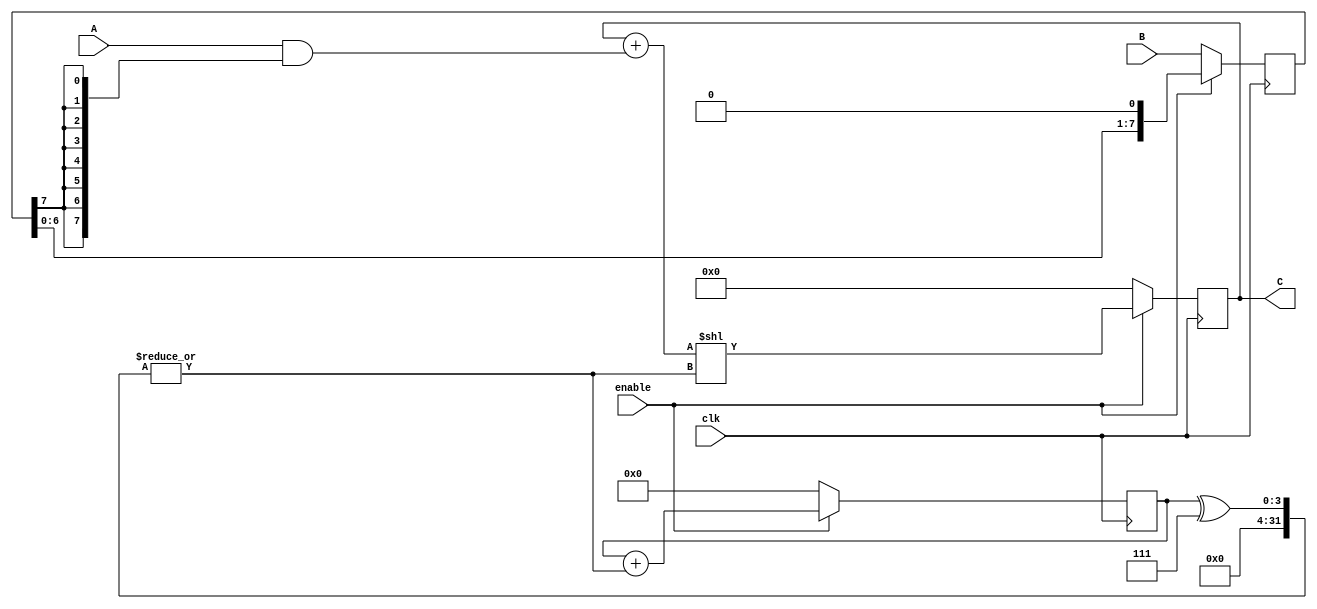
module fpga_seq_mul (
    input wire clk, 
    input wire enable,
    input wire [7:0] A, 
    input wire [7:0] B,
    output wire [15:0] C
);
    reg [15:0] prod;
    reg [7:0] mult;
    reg [3:0] counter;
    wire shift;
    assign C = prod;
    assign shift = |(counter^7);
    always @(posedge clk) begin
        if (!enable) begin
            mult <= B;
            prod <= 0;
            counter <= 0;
        end
        else begin
            mult <= mult << 1;
            prod <= (prod + (A & {8{mult[7]}})) << shift;
            counter <= counter + shift;
        end
    end
endmodule